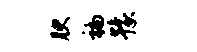
腴褊豫